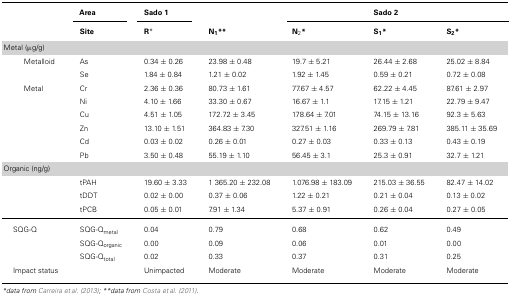
<table><thead><tr><td></td><td></td><td><b>Area</b></td><td><b>Sado 1</b></td><td></td><td></td><td colspan="3"><b>Sado 2</b></td><td></td></tr><tr><td></td><td></td><td><b>Site</b></td><td><b>R*</b></td><td><b>N<sub>1</sub>**</b></td><td><b>N<sub>2</sub>*</b></td><td><b>S<sub>1</sub>*</b></td><td><b>S<sub>2</sub>*</b></td></tr></thead><tbody><tr><td>Metal (μg/g)</td><td></td><td></td><td></td><td></td><td></td></tr><tr><td>Metalloid</td><td></td><td>As</td><td>0.34 ± 0.26</td><td>23.98 ± 0.48</td><td>19.7 ± 5.21</td><td>26.44 ± 2.68</td><td>25.02 ± 8.84</td></tr><tr><td></td><td></td><td>Se</td><td>1.84 ± 0.84</td><td>1.21 ± 0.02</td><td>1.92 ± 1.45</td><td>0.59 ± 0.21</td><td>0.72 ± 0.08</td></tr><tr><td>Metal</td><td></td><td>Cr</td><td>2.36 ± 0.36</td><td>80.73 ± 1.61</td><td>77.67 ± 4.57</td><td>62.22 ± 4.45</td><td>87.61 ± 2.97</td></tr><tr><td></td><td></td><td>Ni</td><td>4.10 ± 1.66</td><td>33.30 ± 0.67</td><td>16.67 ± 1.1</td><td>17.15 ± 1.21</td><td>22.79 ± 9.47</td></tr><tr><td></td><td></td><td>Cu</td><td>4.51 ± 1.05</td><td>172.72 ± 3.45</td><td>178.64 ± 7.01</td><td>74.15 ± 13.16</td><td>92.3 ± 5.63</td></tr><tr><td></td><td></td><td>Zn</td><td>13.10 ± 1.51</td><td>364.83 ± 7.30</td><td>327.51 ± 1.16</td><td>269.79 ± 7.81</td><td>385.11 ± 35.69</td></tr><tr><td></td><td></td><td>Cd</td><td>0.03 ± 0.02</td><td>0.26 ± 0.01</td><td>0.27 ± 0.03</td><td>0.33 ± 0.13</td><td>0.43 ± 0.19</td></tr><tr><td></td><td></td><td>Pb</td><td>3.50 ± 0.48</td><td>55.19 ± 1.10</td><td>56.45 ± 3.1</td><td>25.3 ± 0.91</td><td>32.7 ± 1.21</td></tr><tr><td>Organic (ng/g)</td></tr><tr><td></td><td></td><td>tPAH</td><td>19.60 ± 3.33</td><td>1 365.20 ± 232.08</td><td>1.076.98 ± 183.09</td><td>215.03 ± 36.55</td><td>82.47 ± 14.02</td></tr><tr><td></td><td></td><td>tDDT</td><td>0.02 ± 0.00</td><td>0.37 ± 0.06</td><td>1.22 ± 0.21</td><td>0.21 ± 0.04</td><td>0.13 ± 0.02</td></tr><tr><td></td><td></td><td>tPCB</td><td>0.05 ± 0.01</td><td>7.91 ± 1.34</td><td>5.37 ± 0.91</td><td>0.26 ± 0.04</td><td>0.27 ± 0.05</td></tr><tr><td>SQG-Q</td><td></td><td>SQG-Q<sub>metal</sub></td><td>0.04</td><td>0.79</td><td>0.68</td><td>0.62</td><td>0.49</td></tr><tr><td></td><td></td><td>SQG-Q<sub>organic</sub></td><td>0.00</td><td>0.09</td><td>0.06</td><td>0.01</td><td>0.00</td></tr><tr><td></td><td></td><td>SQG-Q<sub>total</sub></td><td>0.02</td><td>0.33</td><td>0.37</td><td>0.31</td><td>0.25</td></tr><tr><td>Impact status</td><td></td><td></td><td>Unimpacted</td><td>Moderate</td><td>Moderate</td><td>Moderate</td><td>Moderate</td></tr></tbody></table>